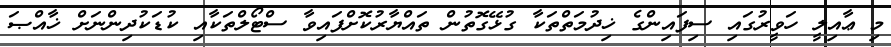
މި ޢާއިލީ ހަވީރުގައި ސިފައިންގެ ޚިދުމަތްތަކާ ގުޅޭގޮތުން ތައްޔާރުކޮށްފައިވާ ސްޓޯލްތަކާއި ކުޑަކުދިންނަށް ޚާއްޞަ